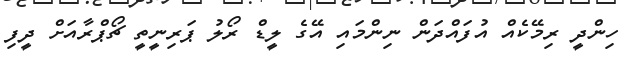
ހިންދީ ރިމޭކެއް އުފައްދަން ނިންމައި އޭގެ ލީޑް ރޯލު ޕަރިނީތީ ޗޯޕްރާއަށް ދީފި